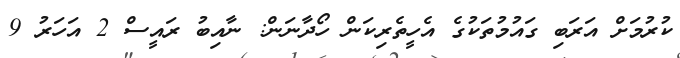
ކުރުމަށް އަރަބި ގައުމުތަކުގެ އެހީތެރިކަން ހޯދާނަން: ނާއިބު ރައީސް 2 އަހަރު 9